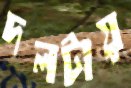
দলটায়